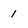
Character: 1